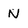
Character: N